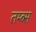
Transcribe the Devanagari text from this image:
तम्ब्स